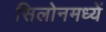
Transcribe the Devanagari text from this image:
सिलोनमध्यें